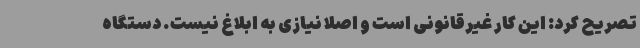
تصریح کرد: این کار غیرقانونی است و اصلا نیازی به ابلاغ نیست. دستگاه